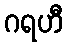
ဂရဟီ